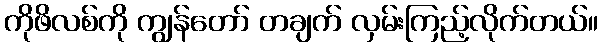
ကိုဖိလစ်ကို ကျွန်တော် တချက် လှမ်းကြည့်လိုက်တယ်။